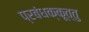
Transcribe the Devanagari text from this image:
प्रबंधक्कूत्तु